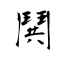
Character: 鬨